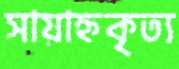
সায়াহ্নকৃত্য